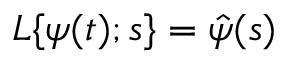
{ \cal { L } } \{ \psi ( t ) ; s \} = \hat { \psi } ( s )